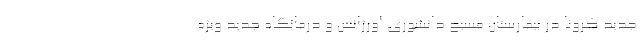
جدید کرونا در بیمارستان مسیح دانشوری اورژانس و درمانگاه جدید ویژه